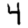
Digit: 4